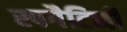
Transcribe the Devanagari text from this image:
स्पगैटिनी